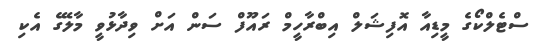
ސްޓެލްކޯގެ މީޑިއާ އޮފިޝަލް އިބްރާހީމް ރައޫފް ސަން އަށް ވިދާޅުވީ މާލޭގެ އެކި